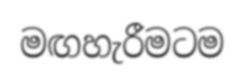
මඟහැරීමටම